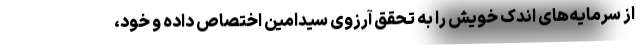
از سرمایه‌های اندک خویش را به تحقق آرزوی سیدامین اختصاص داده و خود،